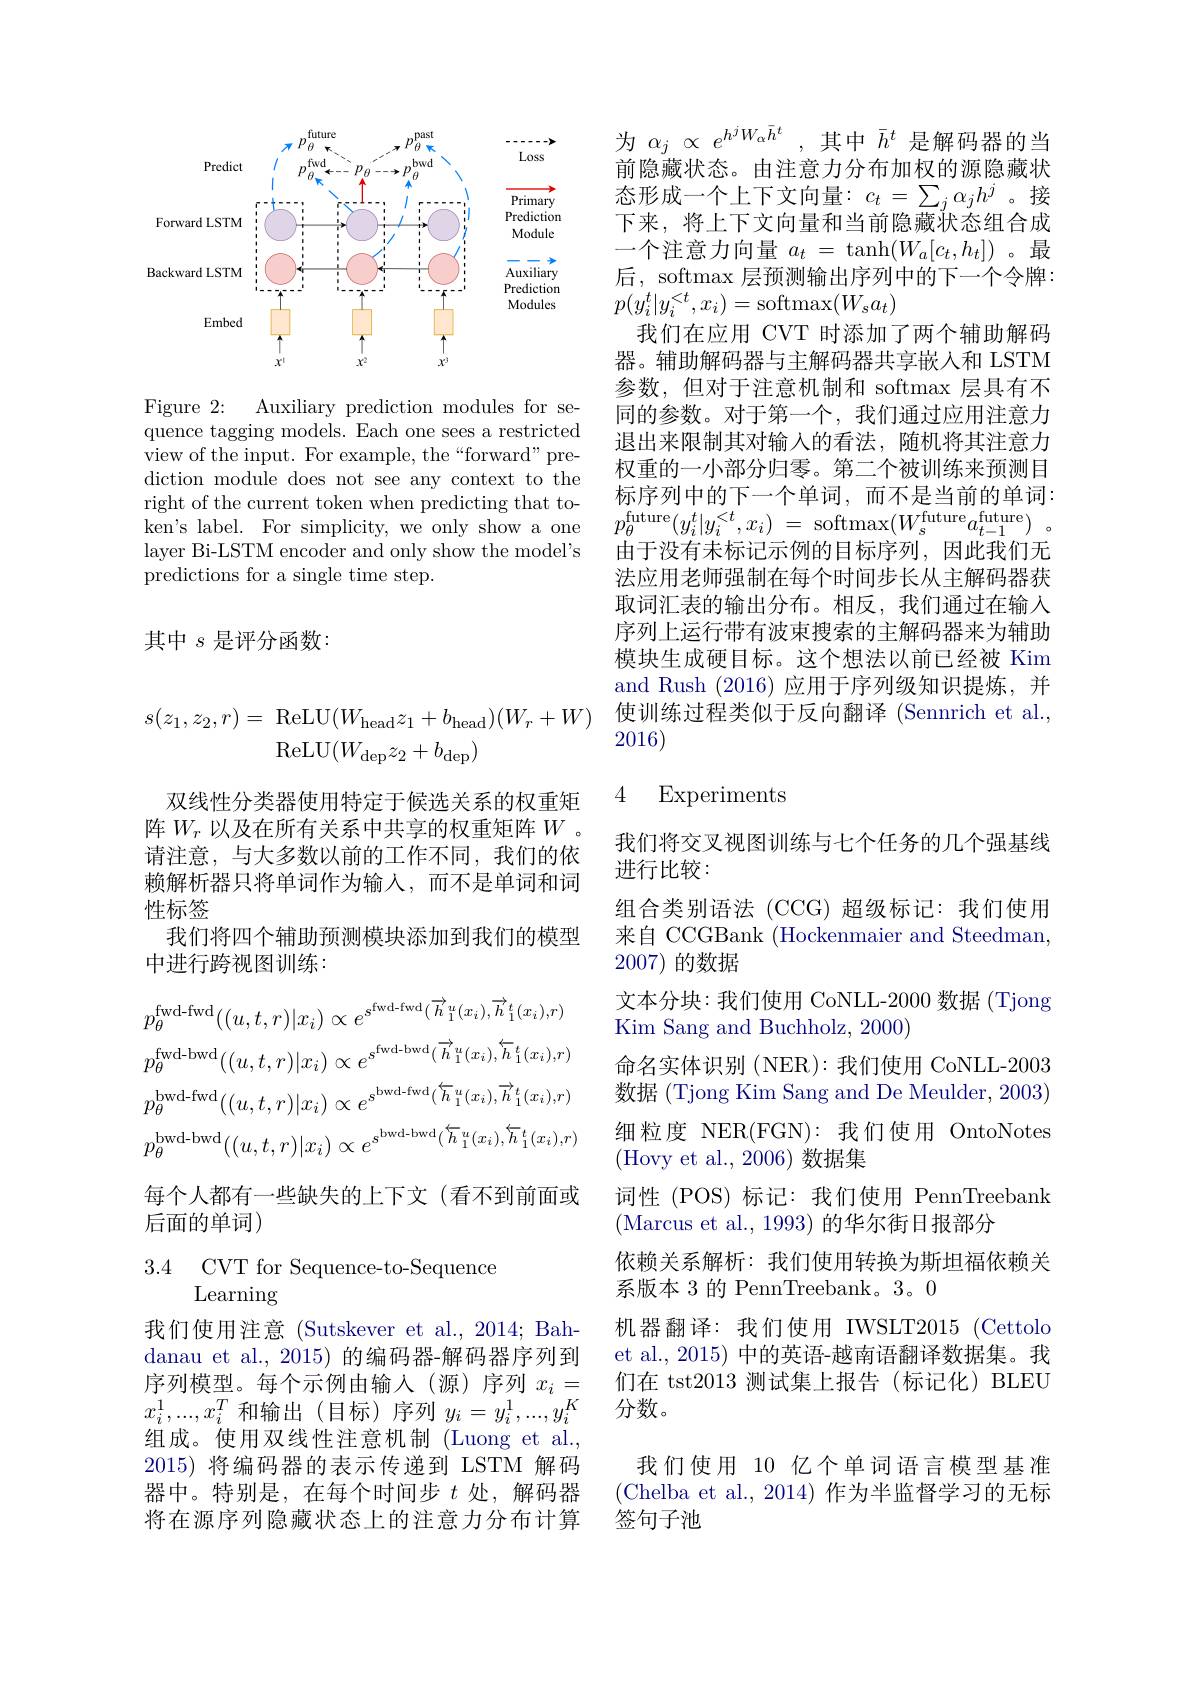
$$\begin{aligned}s(z_{1},z_{2},r)&=\:\mathrm{ReLU}(W_{\mathrm{head}}z_{1}+b_{\mathrm{head}})(W_{r}+W)\\&\mathrm{ReLU}(W_{\mathrm{dep}}z_{2}+b_{\mathrm{dep}})\end{aligned}$$
双线性分类器使用特定于候选关系的权重矩阵$W_r$以及在所有关系中共享的权重矩阵$W$ 请注意，与大多数以前的工作不同，我们的依赖解析器只将单词作为输入，而不是单词和词性标签
我们将四个辅助预测模块添加到我们的模型
中进行跨视图训练：
$$p_{\theta}^{\mathrm{fwd-fwd}}((u,t,r)|x_{i})\propto e^{s^{\mathrm{fwd-fwd}}(\overrightarrow{h}_{1}^{u}(x_{i}),\overrightarrow{h}_{1}^{t}(x_{i}),r)}\\p_{\theta}^{\mathrm{fwd-bwd}}((u,t,r)|x_{i})\propto e^{s^{\mathrm{fwd-bwd}}(\overrightarrow{h}_{1}^{u}(x_{i}),\overleftarrow{h}_{1}^{t}(x_{i}),r)}\\p_{\theta}^{\mathrm{bwd-fwd}}((u,t,r)|x_{i})\propto e^{s^{\mathrm{bwd-fwd}}(\overleftarrow{h}_{1}^{u}(x_{i}),\overrightarrow{h}_{1}^{t}(x_{i}),r)}\\p_{\theta}^{\mathrm{bwd-bwd}}((u,t,r)|x_{i})\propto e^{s^{\mathrm{bwd-bwd}}(\overleftarrow{h}_{1}^{u}(x_{i}),\overleftarrow{h}_{1}^{t}(x_{i}),r)}$$
每个人都有一些缺失的上下文(看不到前面或
后面的单词)

3.4 CVT for Sequence-to-Sequence
Learning

我们使用注意 (Sutskever et al., 2014; Bahdanau et al., 2015) 的编码器-解码器序列到序列模型。每个示例由输入(源)序列$x_i=$ $x_{i}^{1},...,x_{i}^{T}$和输出(目标)序列$y_i=y_{i}^{1},...,y_{i}^{K}$ 组成。使用双线性注意机制 (Luong et al., 2015)将编码器的表示传递到 LSTM 解码器中。特别是，在每个时间步$t$处，解码器将在源序列隐藏状态上的注意力分布计算

<FigureHere>

Figure 2: Auxiliary prediction modules for sequence tagging models. Each one sees a restricted view of the input. For example, the“forward”prediction module does not see any context to the right of the current token when predicting that token's label. For simplicity, we only show a one layer Bi-LSTM encoder and only show the model's predictions for a single time step.

其中$s$是评分函数：

为$\alpha_j\propto e^{h^jW_\alpha\bar{h}^t}$,其中$\bar{h}^t$是解码器的当前隐藏状态。由注意力分布加权的源隐藏状态形成一个上下文向量：$c_t=\sum_j\alpha_jh^j$。接下来，将上下文向量和当前隐藏状态组合成一个注意力向量$a_t=\tanh(W_a[c_t,h_t])$ 。最后，softmax 层预测输出序列中的下一个令牌： $p(y_i^t|y_i^{<t},x_i)=$softmax$(W_sa_t)$
我们在应用 CVT 时添加了两个辅助解码器。辅助解码器与主解码器共享嵌人和 LSTM 参数，但对于注意机制和 softmax 层具有不同的参数。对于第一个，我们通过应用注意力退出来限制其对输入的看法，随机将其注意力权重的一小部分归零。第二个被训练来预测目标序列中的下一个单词，而不是当前的单词： $p_{\theta }^{\mathrm{future}}( y_{i}^{t}| y_{i}^{< t}, x_{i})$ = softmax$( W_{s}^{\mathrm{future}}a_{t- 1}^{\mathrm{future}})$ 。由于没有未标记示例的目标序列，因此我们无法应用老师强制在每个时间步长从主解码器获取词汇表的输出分布。相反，我们通过在输入序列上运行带有波束搜索的主解码器来为辅助模块生成硬目标。这个想法以前已经被 Kim and Rush (2016)应用于序列级知识提炼，并使训练过程类似于反向翻译 (Sennrich et al. 2016)

### 4 Experiments

我们将交叉视图训练与七个任务的几个强基线
进行比较：
组合类别语法 (CCG)超级标记：我们使用来自 CCGBank (Hockenmaier and Steedman, 2007)的数据
文本分块：我们使用 CoNLL-2000 数据 (Tjong
Kim Sang and Buchholz, 2000)
命名实体识别 (NER): 我们使用 CoNLL-2003数据 (Tjong Kim Sang and De Meulder, 2003) 细粒度 NER(FGN):我们使用 OntoNotes (Hovy et al.,2006)数据集
词性(POS)标记：我们使用 PennTreebank
(Marcus et al., 1993) 的华尔街日报部分
依赖关系解析：我们使用转换为斯坦福依赖关
系版本 3 的 PennTreebank。3。0
机器翻译：我们使用 IWSLT2015(Cettolo et al., 2015) 中的英语-越南语翻译数据集。我们在 tst2013 测试集上报告(标记化) BLEU 分数。
我们使用 10 亿个单词语言模型基准

(Chelba et al., 2014)作为半监督学习的无标
签句子池